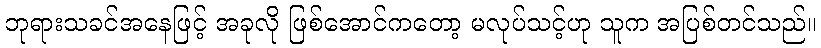
ဘုရားသခင်အနေဖြင့် အခုလို ဖြစ်အောင်ကတော့ မလုပ်သင့်ဟု သူက အပြစ်တင်သည်။